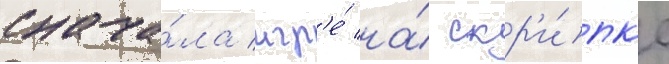
снача́ла игр'е́ на́ скр'и́пк'е